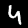
Digit: 4